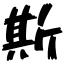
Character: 斯